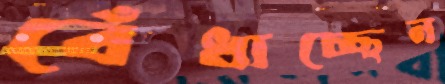
বেঁধাচ্ছেন